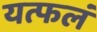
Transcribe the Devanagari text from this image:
यत्फलं